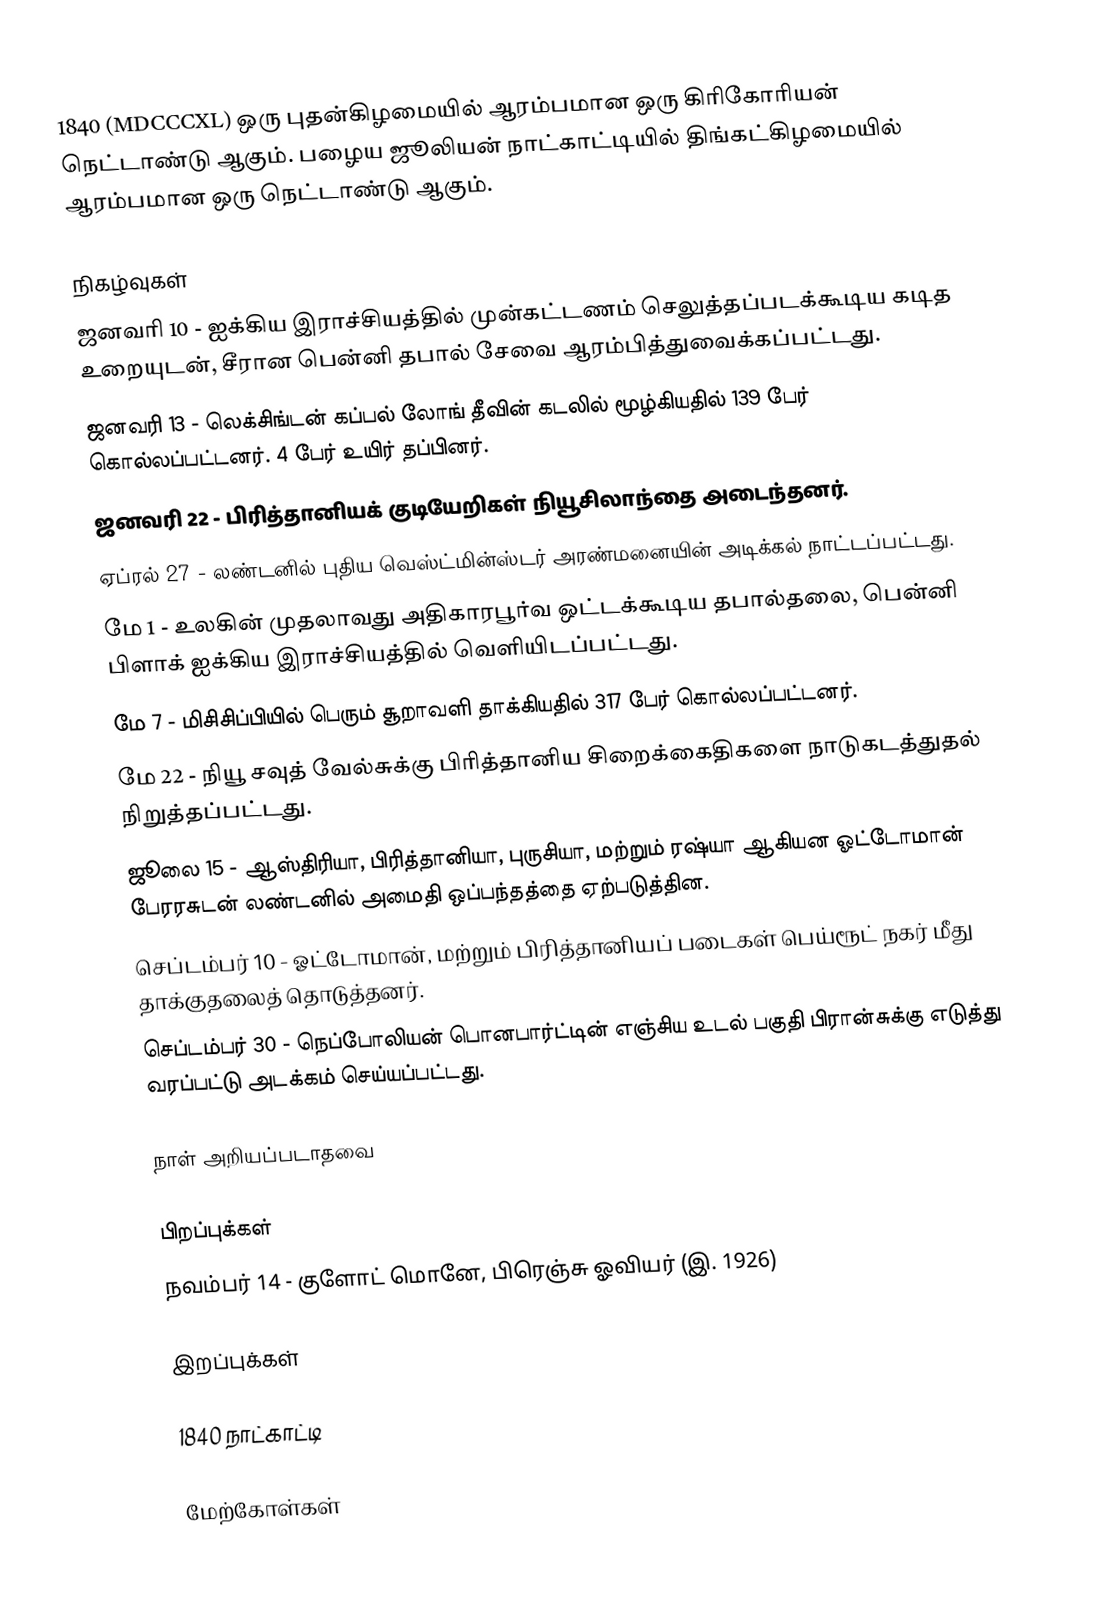
1840  (MDCCCXL) ஒரு புதன்கிழமையில் ஆரம்பமான ஒரு கிரிகோரியன் நெட்டாண்டு ஆகும். பழைய ஜூலியன் நாட்காட்டியில் திங்கட்கிழமையில் ஆரம்பமான ஒரு நெட்டாண்டு ஆகும்.

நிகழ்வுகள்
 ஜனவரி 10 - ஐக்கிய இராச்சியத்தில் முன்கட்டணம் செலுத்தப்படக்கூடிய கடித உறையுடன், சீரான பென்னி தபால் சேவை ஆரம்பித்துவைக்கப்பட்டது.
 ஜனவரி 13 - லெக்சிங்டன் கப்பல் லோங் தீவின் கடலில் மூழ்கியதில் 139 பேர் கொல்லப்பட்டனர். 4 பேர் உயிர் தப்பினர்.
 ஜனவரி 22 - பிரித்தானியக் குடியேறிகள் நியூசிலாந்தை அடைந்தனர்.
 ஏப்ரல் 27 - லண்டனில் புதிய வெஸ்ட்மின்ஸ்டர் அரண்மனையின் அடிக்கல் நாட்டப்பட்டது.
 மே 1 - உலகின் முதலாவது அதிகாரபூர்வ ஒட்டக்கூடிய தபால்தலை, பென்னி பிளாக் ஐக்கிய இராச்சியத்தில் வெளியிடப்பட்டது.
 மே 7 - மிசிசிப்பியில் பெரும் சூறாவளி தாக்கியதில் 317 பேர் கொல்லப்பட்டனர்.
 மே 22 - நியூ சவுத் வேல்சுக்கு பிரித்தானிய சிறைக்கைதிகளை நாடுகடத்துதல் நிறுத்தப்பட்டது.
 ஜூலை 15 - ஆஸ்திரியா, பிரித்தானியா, புருசியா, மற்றும் ரஷ்யா ஆகியன ஓட்டோமான் பேரரசுடன் லண்டனில் அமைதி ஒப்பந்தத்தை ஏற்படுத்தின.
 செப்டம்பர் 10 - ஓட்டோமான், மற்றும் பிரித்தானியப் படைகள் பெய்ரூட் நகர் மீது தாக்குதலைத் தொடுத்தனர்.
 செப்டம்பர் 30 - நெப்போலியன் பொனபார்ட்டின் எஞ்சிய உடல் பகுதி பிரான்சுக்கு எடுத்து வரப்பட்டு அடக்கம் செய்யப்பட்டது.

நாள் அறியப்படாதவை

பிறப்புக்கள்
 நவம்பர் 14 - குளோட் மொனே, பிரெஞ்சு ஓவியர் (இ. 1926)

இறப்புக்கள்

1840 நாட்காட்டி

மேற்கோள்கள்